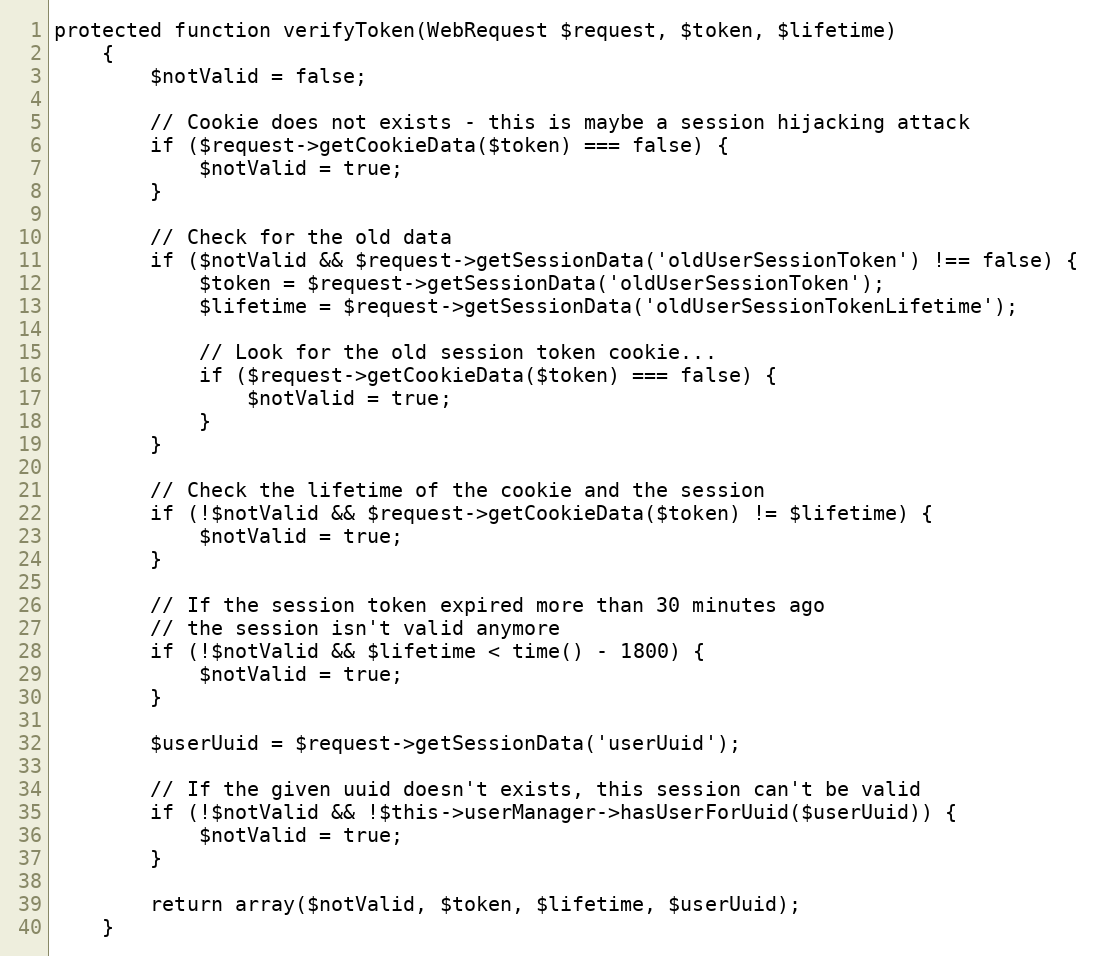
Language: PHP
protected function verifyToken(WebRequest $request, $token, $lifetime)
    {
        $notValid = false;

        // Cookie does not exists - this is maybe a session hijacking attack
        if ($request->getCookieData($token) === false) {
            $notValid = true;
        }

        // Check for the old data
        if ($notValid && $request->getSessionData('oldUserSessionToken') !== false) {
            $token = $request->getSessionData('oldUserSessionToken');
            $lifetime = $request->getSessionData('oldUserSessionTokenLifetime');

            // Look for the old session token cookie...
            if ($request->getCookieData($token) === false) {
                $notValid = true;
            }
        }

        // Check the lifetime of the cookie and the session
        if (!$notValid && $request->getCookieData($token) != $lifetime) {
            $notValid = true;
        }

        // If the session token expired more than 30 minutes ago
        // the session isn't valid anymore
        if (!$notValid && $lifetime < time() - 1800) {
            $notValid = true;
        }

        $userUuid = $request->getSessionData('userUuid');

        // If the given uuid doesn't exists, this session can't be valid
        if (!$notValid && !$this->userManager->hasUserForUuid($userUuid)) {
            $notValid = true;
        }

        return array($notValid, $token, $lifetime, $userUuid);
    }